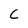
Character: C